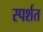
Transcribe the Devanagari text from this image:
स्पर्शत